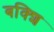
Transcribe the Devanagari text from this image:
बक्शि